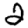
Digit: 2